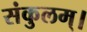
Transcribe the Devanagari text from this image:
संकुलम्‌।